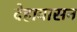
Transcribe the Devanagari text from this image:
देहावासन